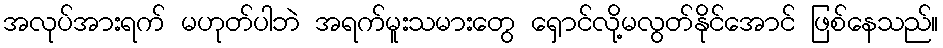
အလုပ်အားရက် မဟုတ်ပါဘဲ အရက်မူးသမားတွေ ရှောင်လို့မလွတ်နိုင်အောင် ဖြစ်နေသည်။